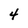
Character: 4